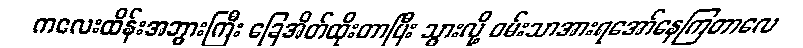
ကလေးထိန်းအဘွားကြီး ခြေအိတ်ထိုးတာပြီး သွားလို့ ဝမ်းသာအားရအော်နေကြတာလေ